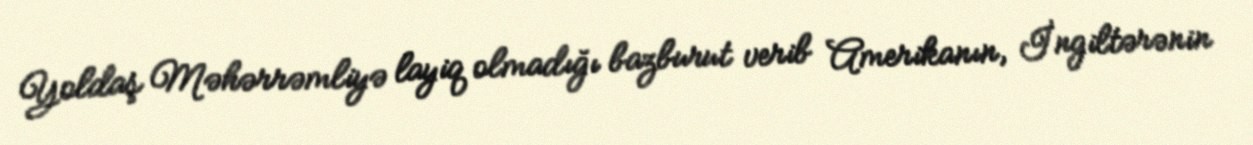
Yoldaş Məhərrəmliyə layiq olmadığı bazburut verib Amerikanın, İngiltərənin